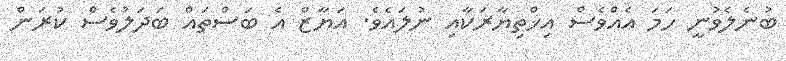
ބުނެލެވުނީ ހަމަ އެއްވެސް އިޚްތިޔާރަކާއި ނުލައެވެ. އަޔާޒް އެ ބަސްތައް ބަދަލުވެސް ކުރަން